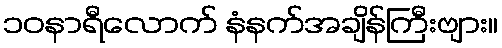
၁၀နာရီလောက် နံနက်အချိန်ကြီးဗျား။